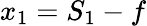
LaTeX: x_{1}=S_{1}-f